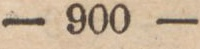
— 900 —